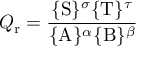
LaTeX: Q _ { \mathrm { r } } = { \frac { \{ \mathrm { S } \} ^ { \sigma } \{ \mathrm { T } \} ^ { \tau } } { \{ \mathrm { A } \} ^ { \alpha } \{ \mathrm { B } \} ^ { \beta } } }